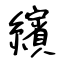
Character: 繽